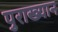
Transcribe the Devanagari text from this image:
पुराख्यान